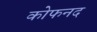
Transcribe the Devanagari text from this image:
कोफनद